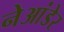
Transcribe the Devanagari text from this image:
नेआंडेर